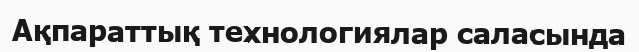
Ақпараттық технологиялар саласында